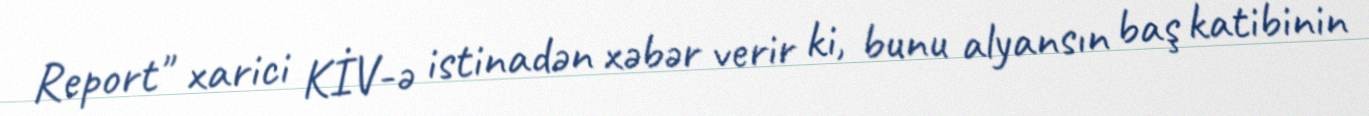
Report" xarici KİV-ə istinadən xəbər verir ki, bunu alyansın baş katibinin